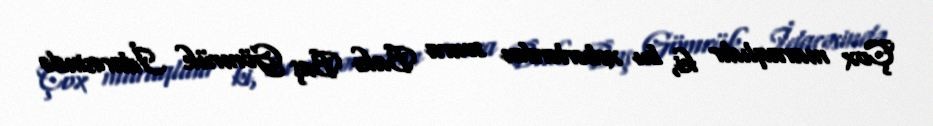
Çox maraqlıdır ki, bu xəbərlərdən sonra Bakı Baş Gömrük İdarəsində